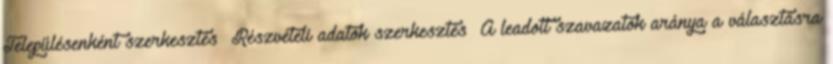
Településenként szerkesztés Részvételi adatok szerkesztés A leadott szavazatok aránya a választásra